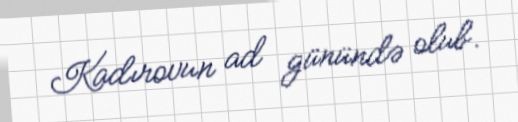
Kadırovun ad günündə olub.